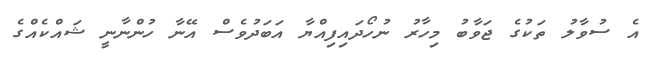
އެ ސުވާލު ތަކުގެ ޖަވާބު މިހާރު ނުހޯދައިފިއްޔާ އަބަދުވެސް އޭނާ ހުންނާނީ ޝައްކެއްގެ